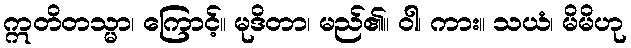
ဣတိတသ္မာ၊ ကြောင့်။ မုဒိတာ၊ မည်၏။ ဝါ၊ ကား။ သယံ၊ မိမိဟု